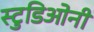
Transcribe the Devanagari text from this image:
स्टुडिओनी